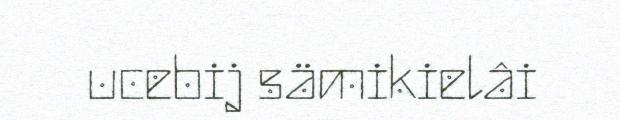
ucebij sämikielâi